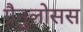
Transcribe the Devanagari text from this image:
ग्रैनुलोसस